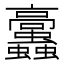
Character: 𩫲